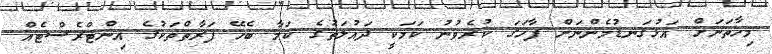
މިހާތަނަށް އަޅުގަނޑުމެންނަށް ފާހަގަ ކުރެވުނު ކަމަކީ ދައުލަތުގެ ކަމާ ބެހޭ ފަރާތްތަކުގެ އިންޓްރެސްޓެއް